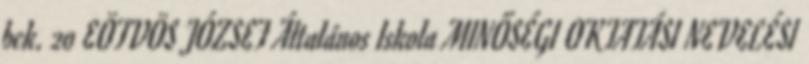
bek. 20 EÖTVÖS JÓZSEF Általános Iskola MINŐSÉGI OKTATÁSI NEVELÉSI